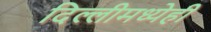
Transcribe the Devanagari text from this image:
दिल्लीमध्येही